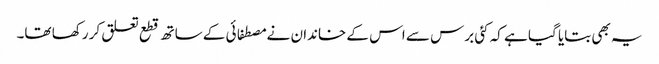
یہ بھی بتایا گیا ہے کہ کئی برس سے اس کے خاندان نے مصطفائی کے ساتھ قطع تعلق کر رکھا تھا۔